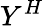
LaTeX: Y^{H}